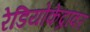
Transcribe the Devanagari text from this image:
रेडियोकेंद्रावर